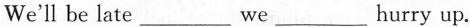
We'll be late \underline we \underline hurry up.